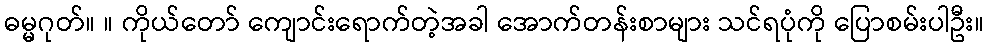
ဓမ္မဂုတ်။ ။ ကိုယ်တော် ကျောင်းရောက်တဲ့အခါ အောက်တန်းစာများ သင်ရပုံကို ပြောစမ်းပါဦး။